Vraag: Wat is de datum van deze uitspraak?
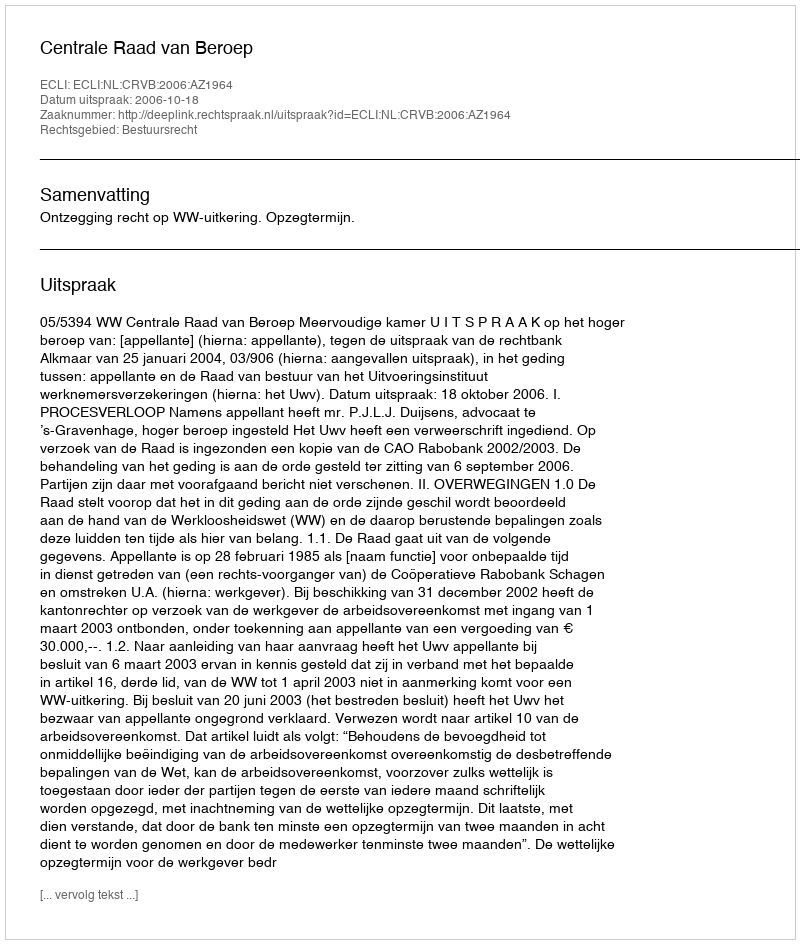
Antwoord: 2006-10-18